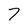
Character: 7